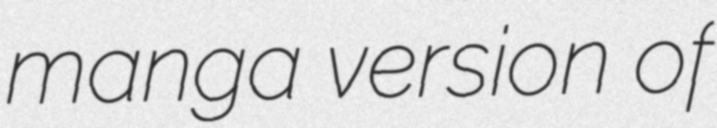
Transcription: manga version of